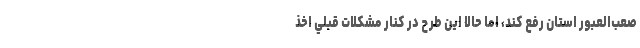
صعب‌العبور استان رفع كند، اما حالا اين طرح در كنار مشكلات قبلي اخذ